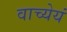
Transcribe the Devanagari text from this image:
वाच्येयं